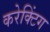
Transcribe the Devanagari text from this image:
करेक्टिंग